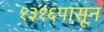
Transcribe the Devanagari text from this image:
१३१६पासून